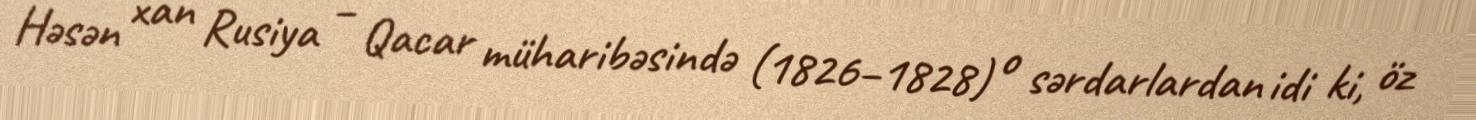
Həsən xan Rusiya – Qacar müharibəsində (1826–1828) o sərdarlardan idi ki, öz